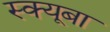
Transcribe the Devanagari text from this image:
स्क्यूबा